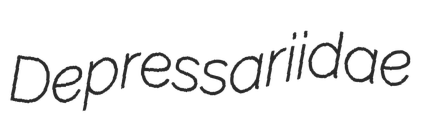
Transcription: Depressariidae